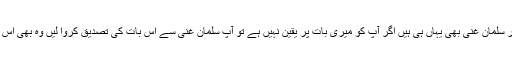
چوہدری غلام حسین کا کہنا تھا کہ نواز شریف بھی موجود ہیں اور سلمان غنی بھی یہاں ہی ہیں اگر آپ کو میری بات پر یقین نہیں ہے تو آپ سلمان غنی سے اس بات کی تصدیق کروا لیں وہ بھی اس بات کو تسلیم کریں گے کہ سابق وزیر اعظم نے یہ بات کی تھی۔